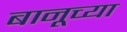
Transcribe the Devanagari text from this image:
बानूच्या